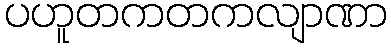
ပဟူတကတကလျာဏာ